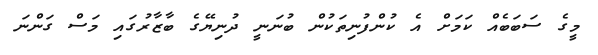
މީގެ ސަބަބެއް ކަމަށް އެ ކުންފުނިތަކުން ބުނަނީ ދުނިޔޭގެ ބާޒާރުގައި މަސް ގަންނަ